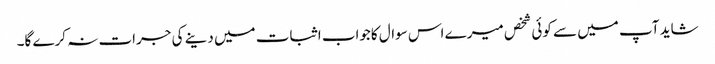
شاید آپ میں سے کوئی شخص میرے اس سوال کاجواب اثبات میں دینے کی جرات نہ کرے گا۔